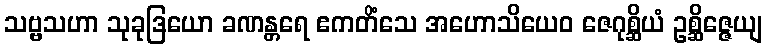
သဗ္ဗသဟာ သုခုဒြယော ခဏန္တရေ ဧကတိံသေ အဟောသိယေဝ ဇေဂုစ္ဆိယံ ဥစ္ဆိဇ္ဇေယျ